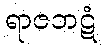
ရာဇဘဋံ